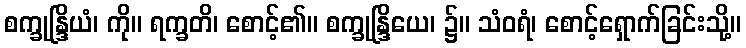
စက္ခုန္ဒြိယံ၊ ကို။ ရက္ခတိ၊ စောင့်၏။ စက္ခုန္ဒြိယေ၊ ၌။ သံဝရံ၊ စောင့်ရှောက်ခြင်းသို့။